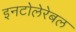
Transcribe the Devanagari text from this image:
इनटोलेरेबल